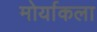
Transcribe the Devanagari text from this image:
मोर्याकला